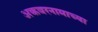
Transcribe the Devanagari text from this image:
अकबरनामाच्या